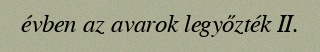
évben az avarok legyőzték II.